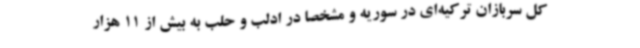
کل سربازان ترکیه‌ای در سوریه و مشخصاً در ادلب و حلب به بیش از 11 هزار